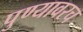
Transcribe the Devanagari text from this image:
पुण्यावरच